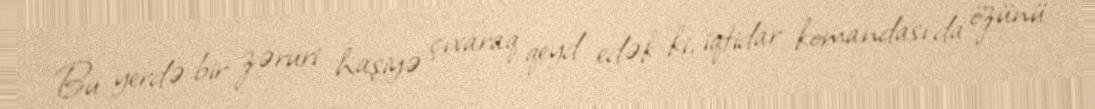
Bu yerdə bir zəruri haşiyə çıxaraq qeyd edək ki, iqtidar komandası da özünü